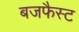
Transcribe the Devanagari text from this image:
बजफैस्ट